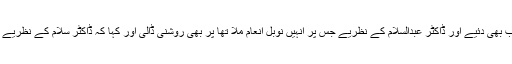
اس موقع پر پروفیسر ڈف نے شرکا کے سوالات کے جواب بھی دئیے اور ڈاکٹر عبدالسلام کے نظریے جس پر انہیں نوبل انعام ملا تھا پر بھی روشنی ڈالی اور کہا کہ ڈاکٹر سلام کے نظریے پر کام کرنے وہئے اب اب تحقیق کار آگے بڑھ رہے ہیں۔